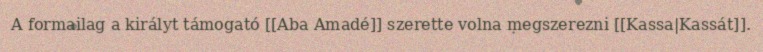
A formailag a királyt támogató [[Aba Amadé]] szerette volna megszerezni [[Kassa|Kassát]].